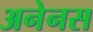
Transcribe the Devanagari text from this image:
अनेनस